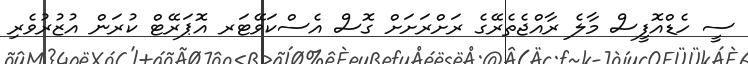
ސީ ހެޑްއޮފީސް މާލެ ރާއްޖެތެރޭގެ ރަށްރަށަށް ގޮސް އެސްކަވޭޓަރ އޮޕަރޭޓް ކުރަން އުޒުރުވެރި